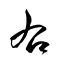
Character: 右